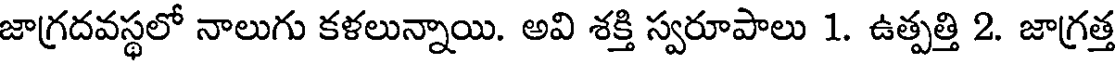
జాగ్రదవస్థలో నాలుగు కళలున్నాయి. అవి శక్తి స్వరూపాలు 1. ఉత్పత్తి 2. జాగ్రత్త